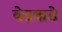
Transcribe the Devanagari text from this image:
वेडकडे